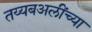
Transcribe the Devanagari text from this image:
तय्यबअलींच्या